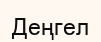
Деңгел